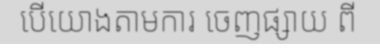
បើយោងតាមការ ចេញផ្សាយ ពី